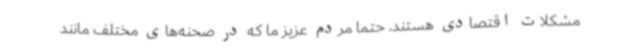
مشکلات اقتصادی هستند، حتماً مردم عزیز ما که در صحنه‌های مختلف مانند